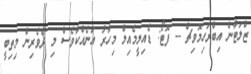
ޒްލަޓާން އިބްރަހިމޮވިޗް -- ފޮޓޯ: ޑެއިލީމެއިލް މިހާރު އަނެއްކާވެސް މި ދެވެރިން މިތިބީ